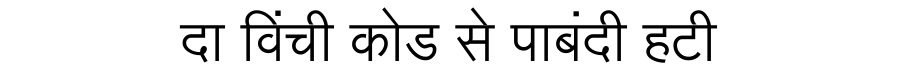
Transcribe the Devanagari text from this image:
दा विंची कोड से पाबंदी हटी